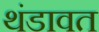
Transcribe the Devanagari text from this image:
थंडावत